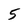
Character: 5